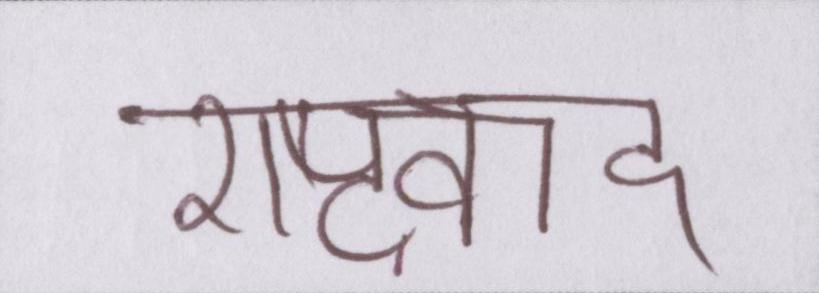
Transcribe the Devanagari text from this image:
राष्ट्रवाद